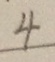
4